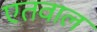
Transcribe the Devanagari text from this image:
एतवाल